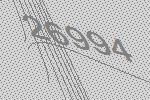
26994